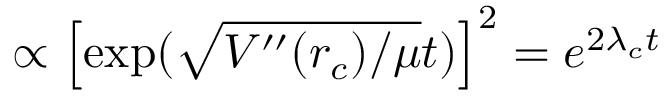
\propto \left[ \exp ( \sqrt { V ^ { \prime \prime } ( r _ { c } ) / \mu } t ) \right] ^ { 2 } = e ^ { 2 \lambda _ { c } t }